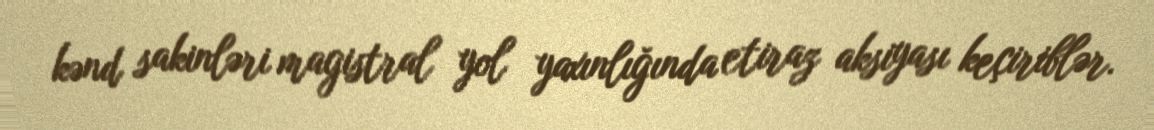
kənd sakinləri magistral yol yaxınlığında etiraz aksiyası keçiriblər.